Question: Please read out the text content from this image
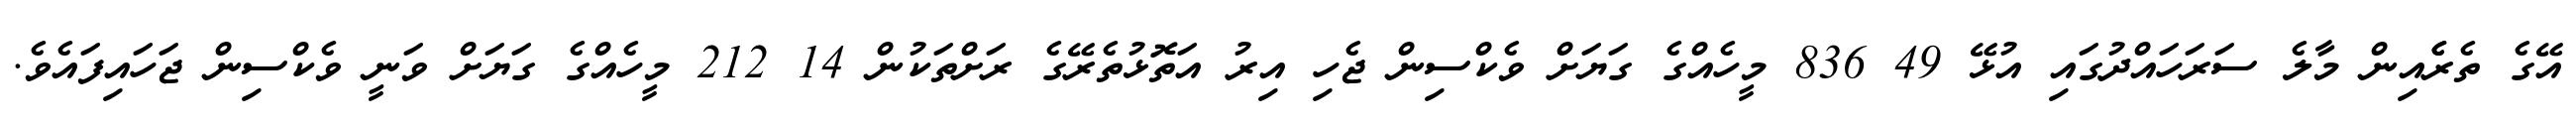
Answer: އޭގެ ތެރެެއިން މާލެ ސަރަހައްދުގައި އުޅޭ 49 836 މީހެއްގެ ގަޔަށް ވެކްސިން ޖެހި އިރު އަތޮޅުތެރޭގެ ރަށްތަކުން 14 212 މީހެއްގެ ގަޔަށް ވަނީ ވެކްސިން ޖަހައިފައެވެ.